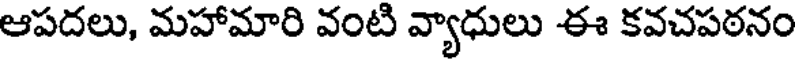
ఆపదలు, మహామారి వంటి వ్యాధులు ఈ కవచపఠనం